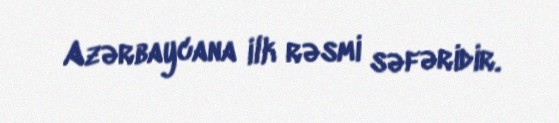
Azərbaycana ilk rəsmi səfəridir.